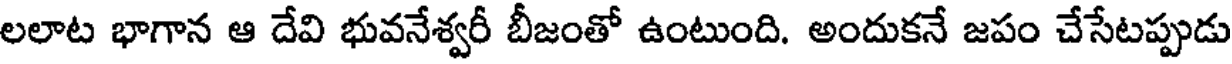
లలాట భాగాన ఆ దేవి భువనేశ్వరీ బీజంతో ఉంటుంది. అందుకనే జపం చేసేటప్పుడు